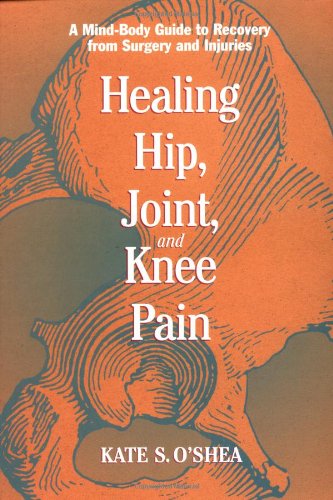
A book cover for Healing Hip, Joint, and Knee Pain: A Mind-Body Guide to Recovery from Surgery and Injuries; Kate O'Shea; Health, Fitness & Dieting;